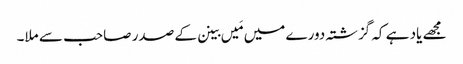
مجھے یاد ہے کہ گزشتہ دورے میں مَیں بینن کے صدر صاحب سے ملا۔